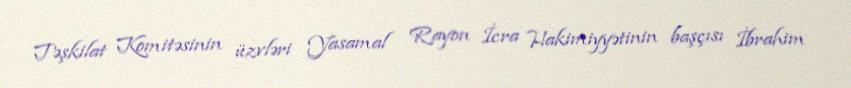
Təşkilat Komitəsinin üzvləri Yasamal Rayon İcra Hakimiyyətinin başçısı İbrahim